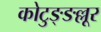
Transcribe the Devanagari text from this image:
कोटुङ्ङल्लूर